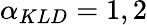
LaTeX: \alpha_{KLD}=1,2